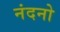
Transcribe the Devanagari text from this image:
नंदनो